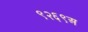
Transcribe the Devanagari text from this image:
९२६९अ